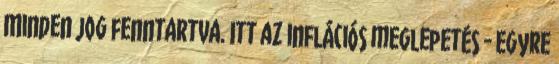
Minden jog fenntartva. Itt az inflációs meglepetés - Egyre